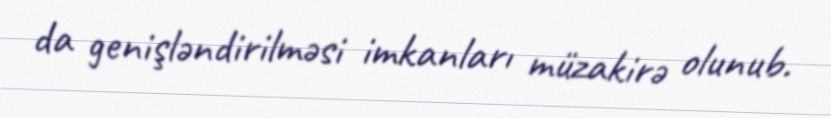
da genişləndirilməsi imkanları müzakirə olunub.